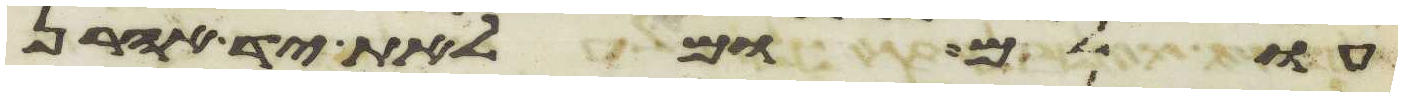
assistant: עולם ומלאת יד אהרן